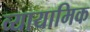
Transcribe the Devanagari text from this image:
व्यायामिक